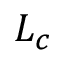
L _ { c }